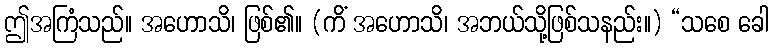
ဤအကြံသည်။ အဟောသိ၊ ဖြစ်၏။ (ကိံ အဟောသိ၊ အဘယ်သို့ဖြစ်သနည်း။) “သစေ ခေါ